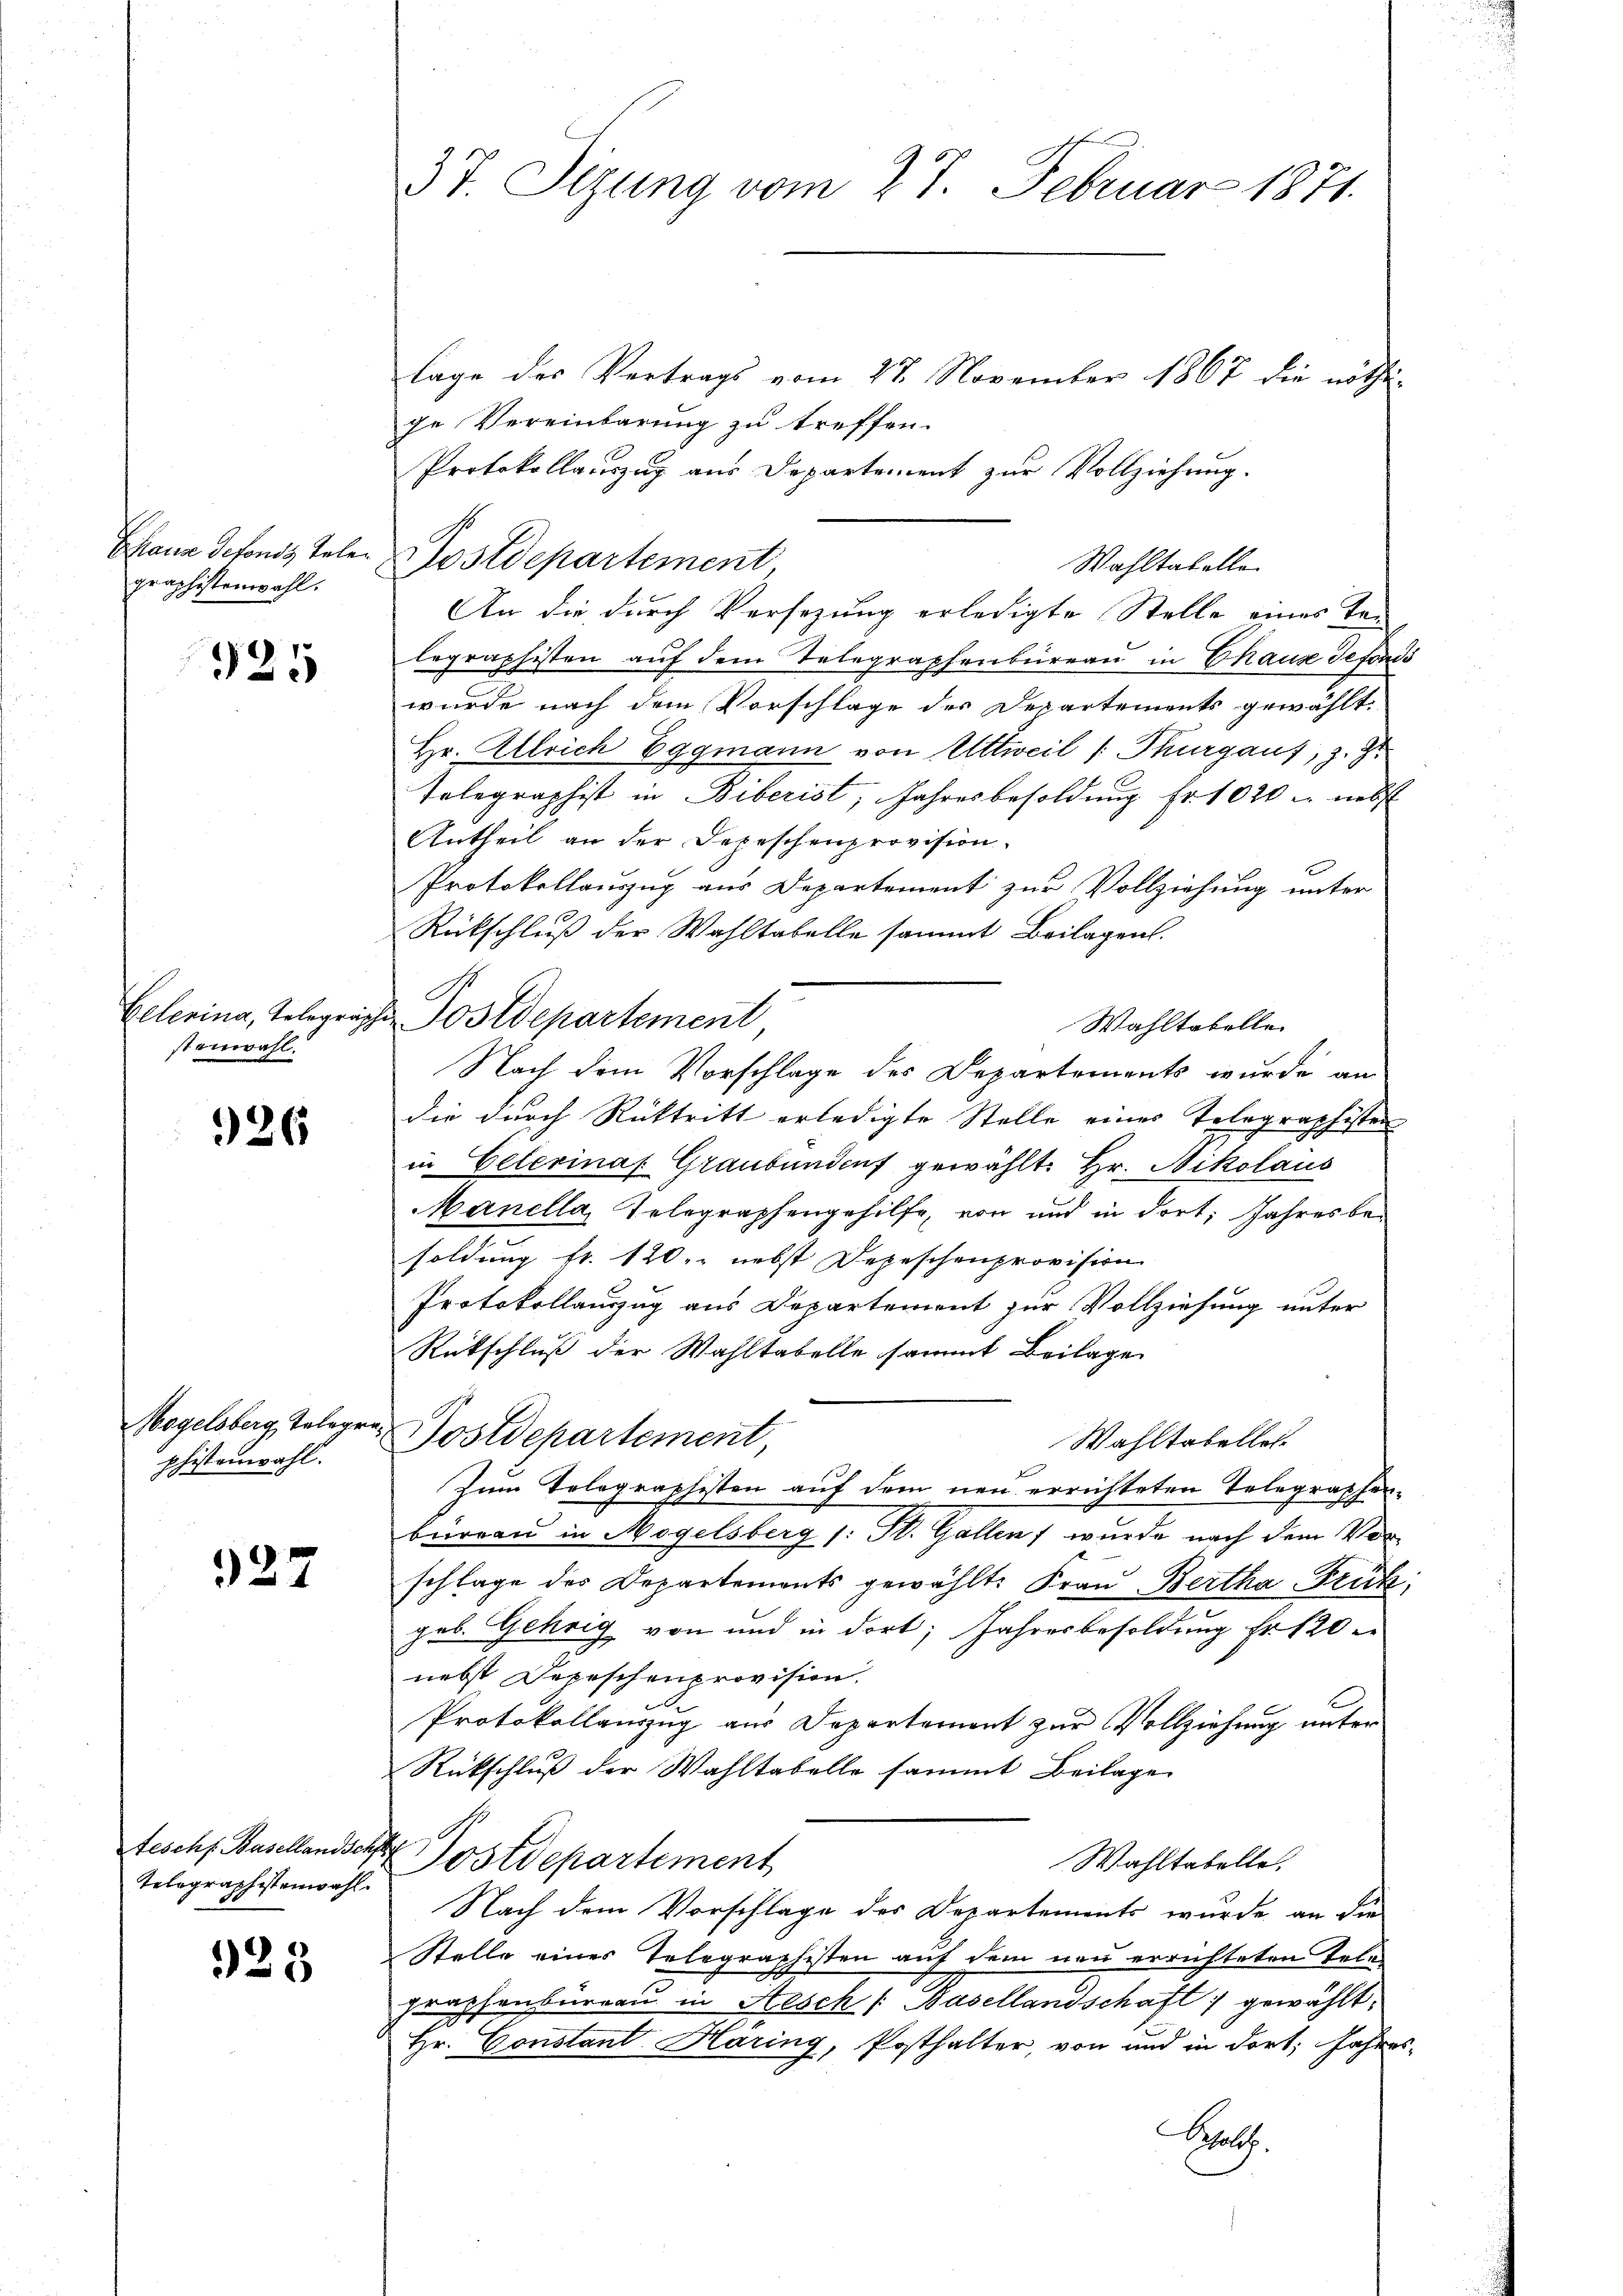
graphistenwahl.

925

Celerina, Telegrästaiwahl.

926

Megelsberg, Telegr
phistenwahl.

327

Telegraphistenwahl.

325

37. Sizung vom 27. Februar 1871.

lage des Vertrags vom 27. November 1867 die nöthi-
ge Vereinbarung zu treffen.
Protokollauszug aus Departement zur Vollziehung.
An die durch Versezung erledigte Stelle eines Te-
legraphisten auf dem Telegraphenbüreau in Chause Gefonds
wurde nach dem Vorschlage des Departements gewählt.
Hr. Allrich Eggmann von Altweil (Thurgaus, z. Z.
Telegraphist in Biberist, Jahresbesoldung fr. 1020 u. nebst
Antheil an der Depeschenprovision.
Protokollauszug aus Departement zur Vollziehung unter
Rückschluß der Wahltabelle sammt Beilagen.
u Postdepartement
Wahltabelle
Nach dem Vorschlage des Departements wurde an
die durch Rücktritt erledigte Stelle eines Telegraphister
in Celerina Graubünden gewählt: Hr. Nikolaus
Manella, Telegraphengehilfe, von und in dort, Jahres besoldung fr. 120, nebst Depeschenprovision
Protokollauszug aus Departement zur Vollziehung unter
Rückschluß der Wahltabelle sammt Beilage
2
Postdepartement
Wahltabellei
Zum Tolographisten auf dem neu errichteten Telegraphenbureau in Mogelsberg (: St. Gallen wurde nach dem Vorschlage des Departements gewählt: Frau Bertha Frik
geb. Gehrig von und in dort; Jahresbesoldung Fr. 120
nebst Depeschenprovision.
Protokollauszug aus Departement zur Vollziehung unter
Rückschluß der Wahltabelle sammt Beilage
tesch. Basellandsche Postdepartement
Wahltabelle.
Nach dem Vorschlage des Departements wurde an die
Stelle eines Telegraphisten auf dem neu errichteten Telegraphenbüreau in Hesch /: Basellandschaft gewählt:
Hr. Constant Häring, Posthalter, von und in dort, Jahres,
Schelich.

Chaus defonds telen Postdepartement

Wahltabelle